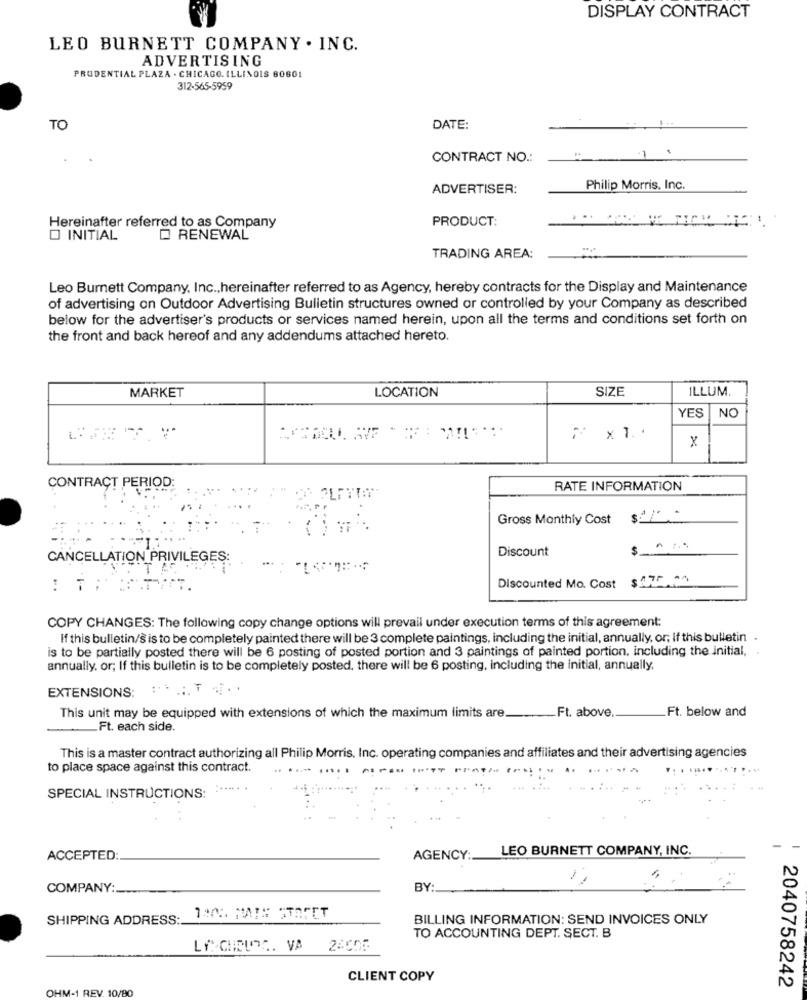
DISPLAY CONTRACT
LEO BURNETT COMPANY . INC.
ADVERTISING
PRUDENTIAL PLAZA . CHICAGO, ILLINOIS 60601
312-565-5959
TO
DATE:
CONTRACT NO .:
-
ADVERTISER:
Philip Morris, Inc.
Hereinafter referred to as Company
PRODUCT:
O INITIAL
RENEWAL
TRADING AREA:
Leo Burnett Company, Inc ., hereinafter referred to as Agency, hereby contracts for the Display and Maintenance
of advertising on Outdoor Advertising Bulletin structures owned or controlled by your Company as described
below for the advertiser's products or services named herein, upon all the terms and conditions set forth on
the front and back hereof and any addendums attached hereto.
LOCATION
SIZE
MARKET
ILLUM.
YES
NO
2 x1 ..
x
CONTRACT PERIOD:
RATE INFORMATION
Gross Monthly Cost
Discount
CANCELLATION PRIVILEGES:
$ 175.00
Discounted Mo. Cost
COPY CHANGES: The following copy change options will prevail under execution terms of this agreement:
If this bulletin/s is to be completely painted there will be 3 complete paintings, including the initial, annually, or; If this bulletin".
is to be partially posted there will be 6 posting of posted portion and 3 paintings of painted portion, including the initial, .
annually, or; If this bulletin is to be completely posted. there will be 6 posting, including the initial, annually,
EXTENSIONS: .:. T ....
Ft. above.
Ft. below and
This unit may be equipped with extensions of which the maximum limits are
.Ft. each side.
This is a master contract authorizing all Philip Morris, Inc. operating companies and affiliates and their advertising agencies
to place space against this contract.
.... ..
......
... ....
SPECIAL INSTRUCTIONS:
LEO BURNETT COMPANY, INC.
ACCEPTED:
AGENCY:
COMPANY :.
BY
SHIPPING ADDRESS:
BILLING INFORMATION: SEND INVOICES ONLY
TO ACCOUNTING DEPT. SECT. B
LA CHBLOG. VA
CLIENT COPY
2040758242
OHM-1 REV. 10/80